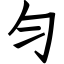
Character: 匀